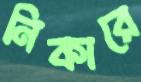
নিকারে